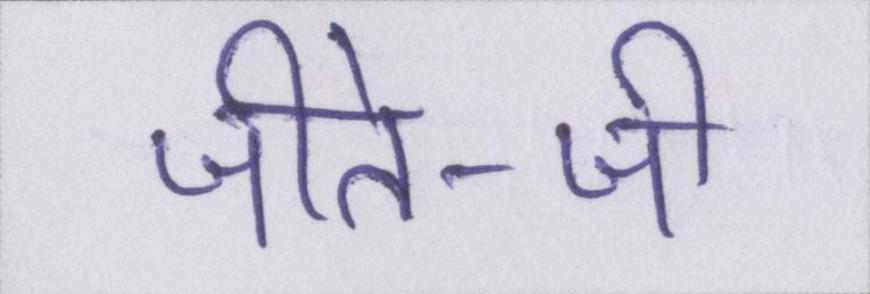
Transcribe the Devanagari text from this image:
जीते-जी